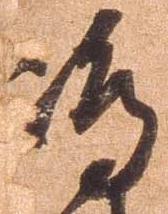
島